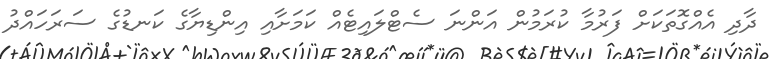
ދާދި އެއްގޮތަކަށް ފަރުމާ ކުރަމުން އަންނަ ސެޓްލައިޓެއް ކަމަށާއި އިންޑިޔާގެ ކަނޑުގެ ސަރަހައްދު